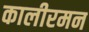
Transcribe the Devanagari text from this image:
कालीरमन